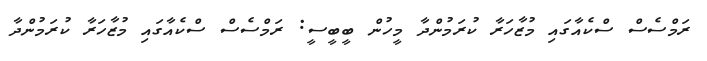
ރަމްސެސް ސްކެއާގައި މުޒާހަރާ ކުރަމުންދާ މީހުން ބީބީސީ: ރަމްސެސް ސްކެއާގައި މުޒާހަރާ ކުރަމުންދާ